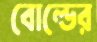
বোল্ডের